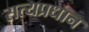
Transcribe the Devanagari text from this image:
सत्यप्रधान